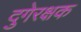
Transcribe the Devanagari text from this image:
दुगेरक्षक